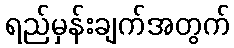
ရည်မှန်းချက်အတွက်